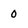
Character: 0